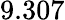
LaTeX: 9.307